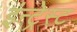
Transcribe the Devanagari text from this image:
इंन्ट्रेस्ट